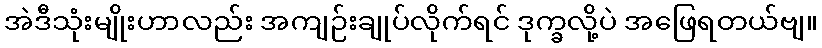
အဲဒီသုံးမျိုးဟာလည်း အကျဉ်းချုပ်လိုက်ရင် ဒုက္ခလို့ပဲ အဖြေရတယ်ဗျ။